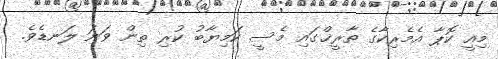
މިއީ ކޮޕާ އެމެރިކާގެ ތާރީޚްގައި މެސީ ކަމިޔާބު ކުރި ތިން ވަނަ ލަނޑެވެ.